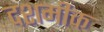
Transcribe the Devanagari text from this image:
दशमीक